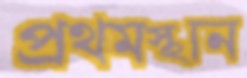
প্রথমস্থান